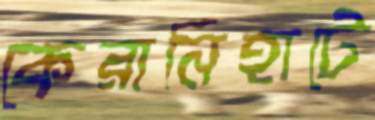
কেরানিহাটে